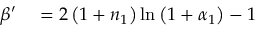
\begin{array} { r l } { \beta ^ { \prime } } & { { } = 2 \left( 1 + n _ { 1 } \right) \ln \left( 1 + \alpha _ { 1 } \right) - 1 } \end{array}